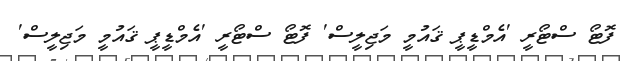
ފޮޓޯ ސްޓޯރީ 'އެމްޑީޕީ ޤައުމީ މަޖިލީސް' ފޮޓޯ ސްޓޯރީ 'އެމްޑީޕީ ޤައުމީ މަޖިލީސް'